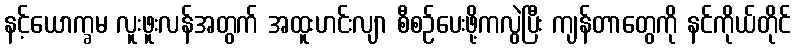
နင့်ယောက္ခမ လူးဖူးလန်အတွက် အထူးဟင်းလျာ စီစဉ်ပေးဖို့ကလွဲပြီး ကျန်တာတွေကို နင်ကိုယ်တိုင်